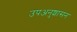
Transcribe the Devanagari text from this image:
उपअनुशासन